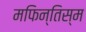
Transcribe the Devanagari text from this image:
मफिन्तिस्म